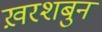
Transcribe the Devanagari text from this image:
ख़रशबुन